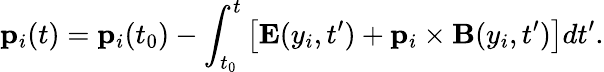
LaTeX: \mathbf{p}_{i}(t)=\mathbf{p}_{i}(t_{0})-\int_{t_{0}}^{t}\left[\mathbf{E}(y_{i},t^{\prime})+\mathbf{p}_{i}\times\mathbf{B}(y_{i},t^{\prime})\right]dt^{\prime}.